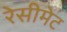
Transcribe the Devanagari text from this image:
रेसीमेट